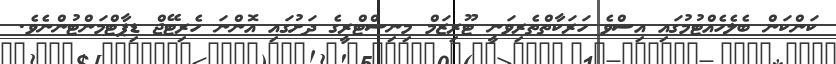
ކަންކަން ބެލެހެއްޓުމުގައި އިސްވެ ހަރަކާތްތެރިވަނީ ޓޫރިޒަމް މިނިސްޓްރީގެ ދަށުގައި އޮންނަ ހެރިޓޭޖް ޑިޕާޓްމަންޓުންނެވެ.